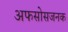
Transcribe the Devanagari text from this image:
अफसोसजनक